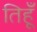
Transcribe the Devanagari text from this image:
तिहूँ